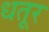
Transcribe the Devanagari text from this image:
धतूर